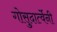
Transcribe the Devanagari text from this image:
गोसुदार्त्वेनी